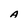
Character: A